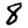
Digit: 8